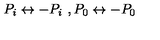
P _ { i } \leftrightarrow - P _ { i } \ , P _ { 0 } \leftrightarrow - P _ { 0 }